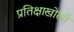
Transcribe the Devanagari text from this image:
प्रतिक्षाखोली